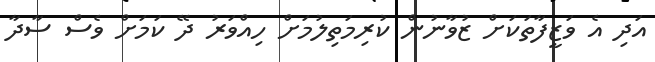
އަދި އެ ވަޒީފާތަަކަށް ޒުވާނުން ކުރިމަތިލުމަށް ހިއްވަރު ދޭ ކަމަށް ވެސް ސާދާ